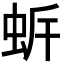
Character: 𧉲